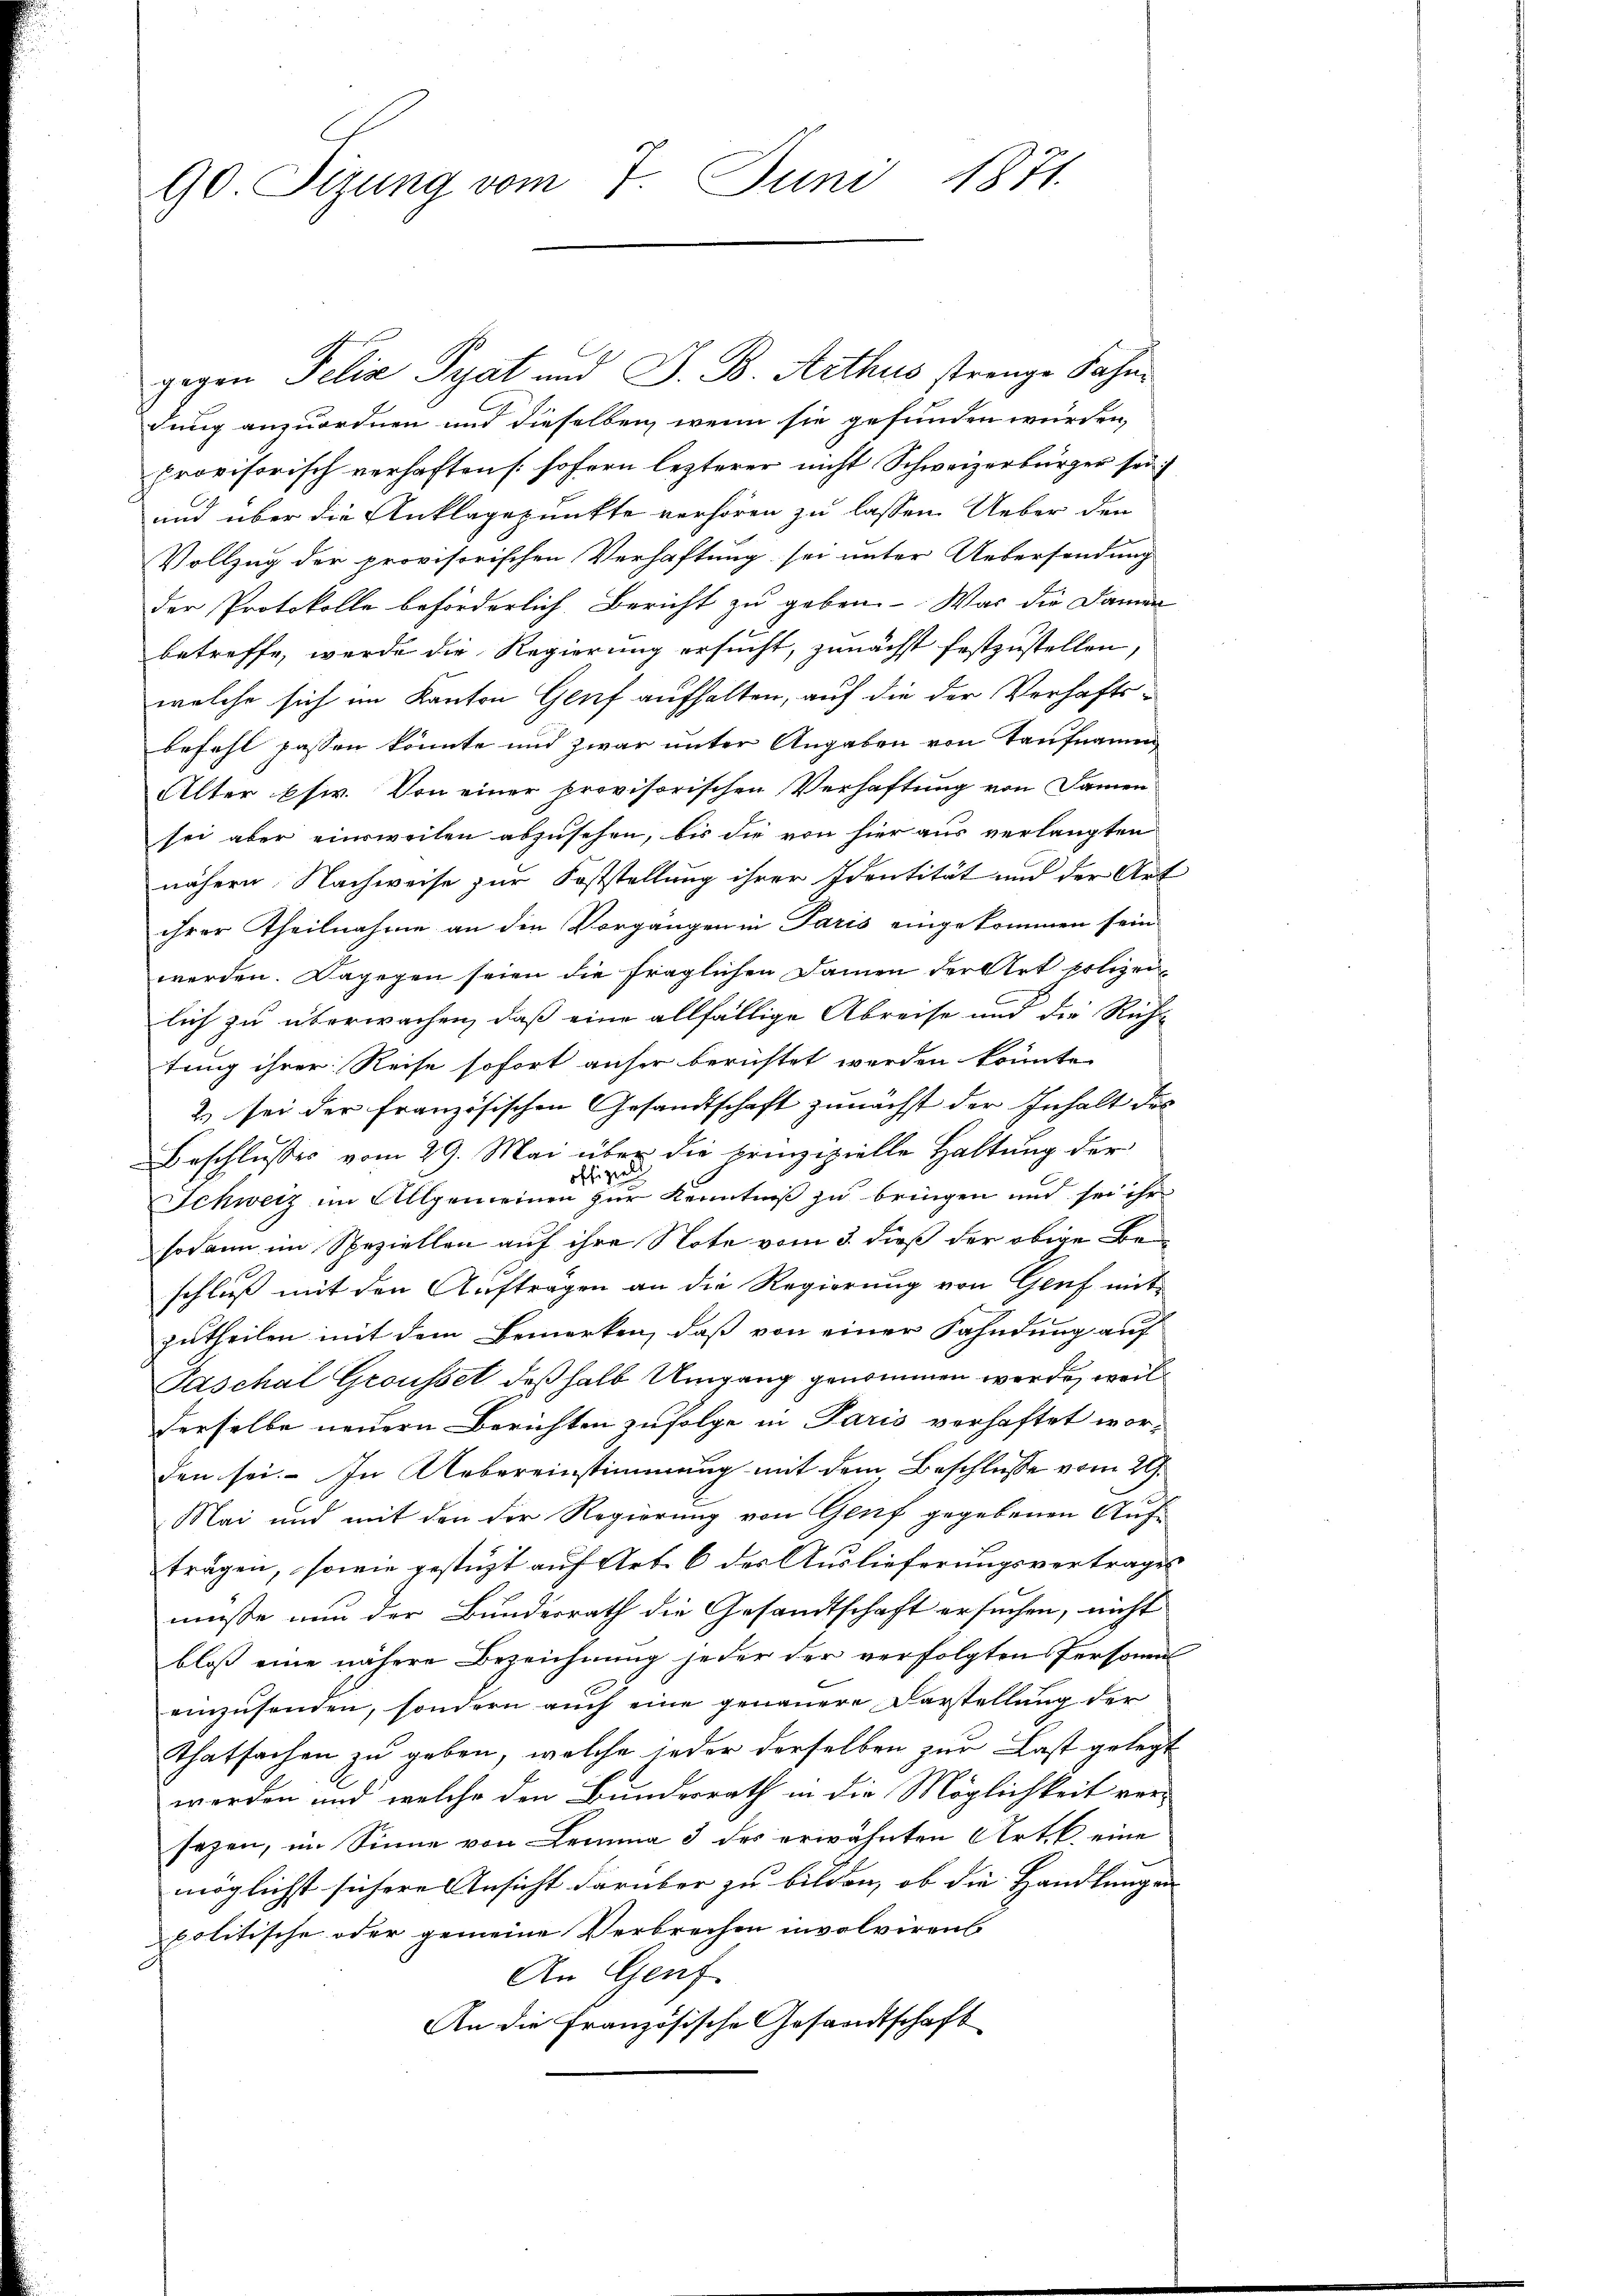
90 Sizung vom 7. Juni 1871.

gegen Felix Pyat und J. B. Arthus strenge Fahne
dung anzuordnen und dieselben, wenn sie gefunden würden,
provisorisch verhaften (sofern lezterer nicht Schweizerbürger sei
und über die Anklagepunkte verhören zu lassen. Ueber den
Vollzug der provisorischen Verhaftung sei unter Uebersendung
der Protokolle beförderlich Bericht zu geben. Was die Damen
betreffe, werde die Regierung ersucht, zunächst festzustellen,
welche sich im Kanton Genf aufhalten, auf die der Verhafts-
befahl passen könnte und zwar unter Angaben von Taufnamen
Alter usw. Von einer provisorischen Verhaftung von Samen
sei aber einweilen abzusehen, bis die von hier aus verlangten
nähern Nachweise zur Feststellung ihrer Identität und der Art
ihrer Theilnahme an den Vorgängen in Paris eingekommen sein.
werden. Dagegen seien die fraglichen Damen der Art polizeilich zu überwachen, daß eine allfällige Abreise und die Richt
tung ihrer: Reise sofort anfer berichtet werden könnte,
2) sei der französischen Gesandtschaft zunächst der Inhalt des
Beschlusses vom 29. Mai über die prinzipielle Haltung der
pell
off
Schweiz im Allgemeinen zur Kenntniß zu bringen und sei ihr
sodann im Speziellen auf ihre Note vom 3. dieß der obige Be-
schluß mit den Aufträgen an die Regierung von Genf mit
zutheilen mit dem Bemerken, daß von einer Fahndung auf
Paschal Grousset deßhalb Umgang genommen werde, weil
derselbe neuern Berichten zufolge in Paris verhaftet worden sei. In Uebereinstimmung mit dem Beschlusse vom 29.
Mai und mit den der Regierung von Genf gegebenen Auf-
trägen, sowie gestützt auf Art. 6 der Auslieferungsvertrages
müsse nun der Bundesrath die Gesandtschaft ersuchen, nicht
bloß eine nähere Bezeichnung jeder der verfolgten Personens
einzusenden, sondern auch eine genauere Darstellung der
Thatsachen zu geben, welche jeder derselben zur Last gelegt
werden und welche den Bundesrath in die Möglichkeit ver-
sezen, im Sinne von Lemma 3 des erwähnten Art. B. eine
möglichst sichere Ansicht darüber zu bilden, ob die Handlungen
politische oder gemeine Verbrechen involvirens
An Genf
An die Französische Gesandtschaft